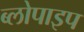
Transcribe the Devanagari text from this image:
ब्लोपाइप